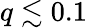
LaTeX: q\lesssim 0.1